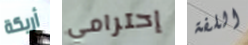
أريكة إحترامي اللفة